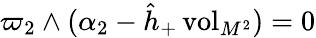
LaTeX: \varpi_{2}\wedge(\alpha_{2}-\hat{h}_{+}\, \mathrm{vol}_{M^{2}})=0